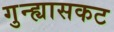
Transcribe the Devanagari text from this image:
गुन्ह्यासकट